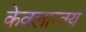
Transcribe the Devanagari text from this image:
केवलान्वय